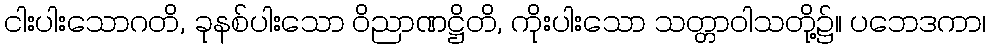
ငါးပါးသောဂတိ, ခုနစ်ပါးသော ဝိညာဏဋ္ဌိတိ, ကိုးပါးသော သတ္တာဝါသတို့၌။ ပဘေဒကာ၊